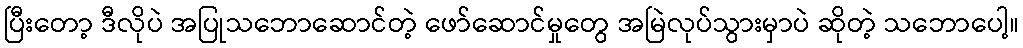
ပြီးတော့ ဒီလိုပဲ အပြုသဘောဆောင်တဲ့ ဖော်ဆောင်မှုတွေ အမြဲလုပ်သွားမှာပဲ ဆိုတဲ့ သဘောပေါ့။